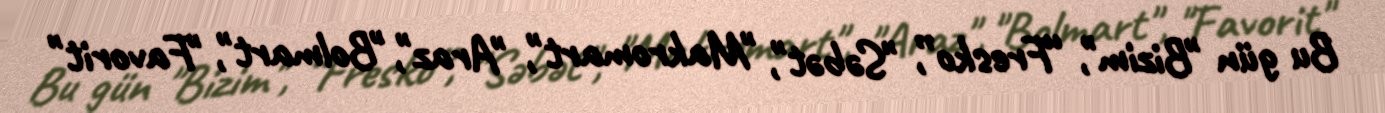
Bu gün "Bizim", “Fresko”, "Səbət", "Makromart", "Araz", "Bolmart", "Favorit"